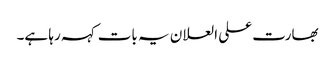
بھارت علی العلان یہ بات کہہ رہا ہے۔